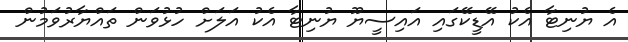
އެ ޔުނިޓާ އެކު އޭޑީކޭގައި އައިސީޔޫ ޔުނިޓާ އެކު އަލަށް ހުޅުވަން ތައްޔާރުވަމުން